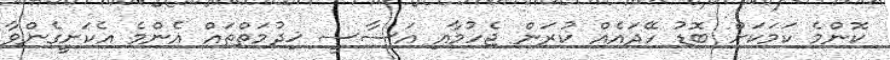
ކޮންމެ ކަމަކަށް ބޮޑު ހޭދައެއް ކުރަން ޖެހުމާއި އަސާސީ ޚިދުމަތްތައް އެންމެ އެކަށީގެންވާ